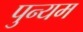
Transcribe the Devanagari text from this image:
पुन्यम